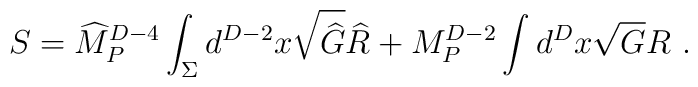
S={\widehat M}^{D-4}_P\int_\Sigma d^{D-2}x \sqrt{{\widehat G}}{\widehat R}+ {M}^{D-2}_P\int d^{D}x \sqrt{{G}}{R}~.